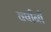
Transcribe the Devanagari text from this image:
वर्षांनीं